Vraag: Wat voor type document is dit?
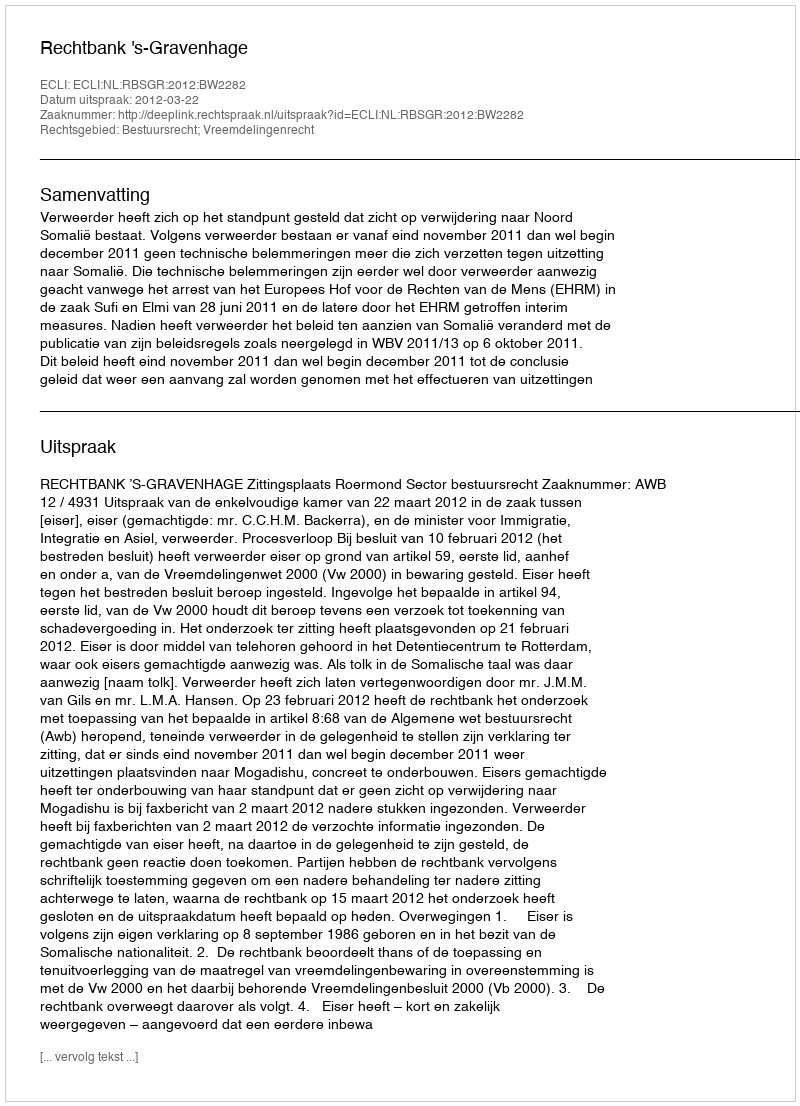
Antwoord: Uitspraak